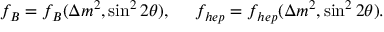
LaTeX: f _ { B } = f _ { B } ( \Delta m ^ { 2 } , \sin ^ { 2 } 2 \theta ) , ~ ~ ~ ~ f _ { h e p } = f _ { h e p } ( \Delta m ^ { 2 } , \sin ^ { 2 } 2 \theta ) .